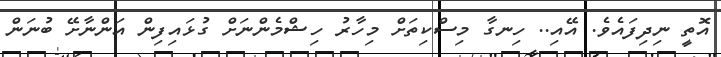
އޮތީ ނިދިފައެވެ. އޭއި.. ހިނގާ މިސްކިތަށް މިހާރު ހިޝްމެންނަށް ގުޅައިފިން އަންނާށޭ ބުނަން